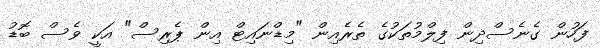
ފަހުން ގެނެސްދިން ފިލްމުތަކުގެ ތެރެއިން "މިޑްނައިޓް އިން ޕެރިސް" އަކީ ވެސް ބޮޑު